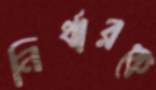
নির্ধারকে